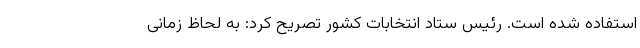
استفاده شده است. رئیس ستاد انتخابات کشور تصریح کرد: به لحاظ زمانی